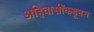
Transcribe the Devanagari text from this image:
अहिवासींकडूनच